Indian journal of veterinary science and animal husbandry - Volume 7,
Year: 1937
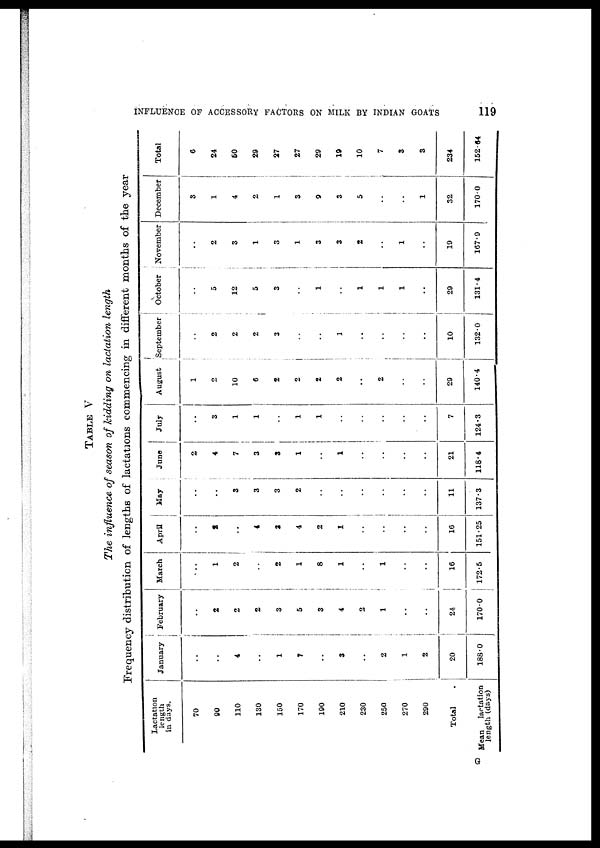
INFLUENCE OF ACCESSORY FACTORS ON MILK BY INDIAN GOATS
119
TABLE V
The influence of season of kidding on lactation length
Frequency distribution of lengths of lactations commencing in different months of the year
Lactation
length
in days.
70
90
110
130
150
170
190
210
230
250
270
290
Total
Mean
lactation
length (days)
January
..
..
4
..
1
7
..
3
..
2
1
2
20
188.0
February
..
2
2
2
3
5
3
4
2
1
..
..
24
170.0
March
..
1
2
..
2
1
8
1
..
1
..
..
16
172.5
April
..
2
..
4
3
4
2
1
..
..
..
..
16
151.25
May
..
..
3
3
3
2
..
..
..
..
..
..
11
137.3
June
2
4
7
3
3
1
..
1
..
..
..
..
21
118.4
July
..
3
1
1
..
1
1
..
..
..
..
..
7
124.3
August
1
2
10
6
2
2
2
2
..
2
..
..
29
140.4
September
..
2
2
2
3
..
..
2
..
..
..
..
10
132.0
October
..
5
12
5
3
..
1
..
1
1
1
..
29
131.4
November
..
2
3
1
3
1
3
3
2
..
1
..
19
167.9
December
3
1
4
2
1
3
9
3
5
..
..
1
32
170.0
Total
6
24
50
29
27
27
29
19
10
7
3
3
234
152.64
G